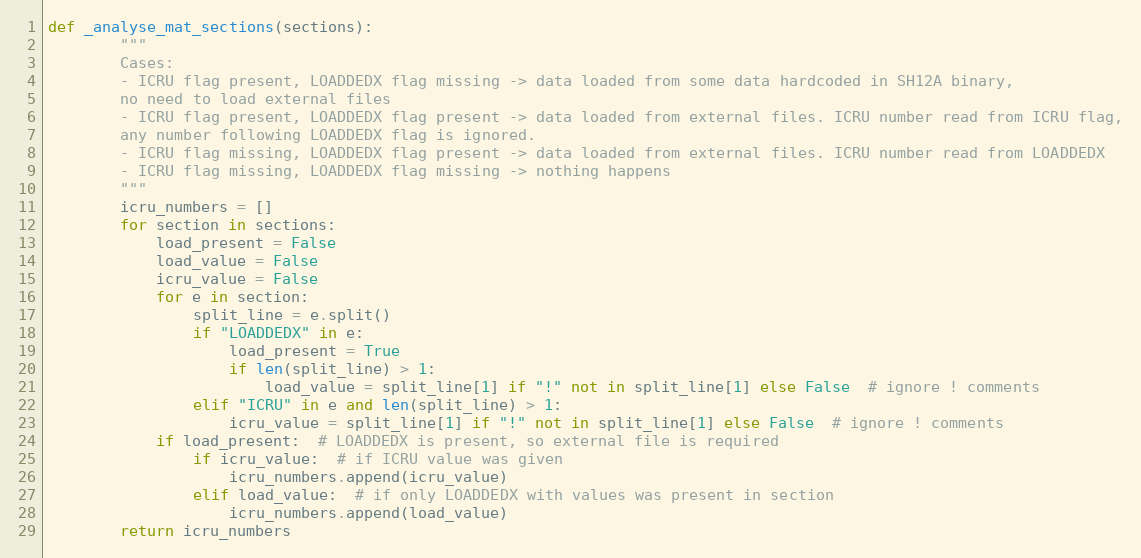
Language: Python
def _analyse_mat_sections(sections):
        """
        Cases:
        - ICRU flag present, LOADDEDX flag missing -> data loaded from some data hardcoded in SH12A binary,
        no need to load external files
        - ICRU flag present, LOADDEDX flag present -> data loaded from external files. ICRU number read from ICRU flag,
        any number following LOADDEDX flag is ignored.
        - ICRU flag missing, LOADDEDX flag present -> data loaded from external files. ICRU number read from LOADDEDX
        - ICRU flag missing, LOADDEDX flag missing -> nothing happens
        """
        icru_numbers = []
        for section in sections:
            load_present = False
            load_value = False
            icru_value = False
            for e in section:
                split_line = e.split()
                if "LOADDEDX" in e:
                    load_present = True
                    if len(split_line) > 1:
                        load_value = split_line[1] if "!" not in split_line[1] else False  # ignore ! comments
                elif "ICRU" in e and len(split_line) > 1:
                    icru_value = split_line[1] if "!" not in split_line[1] else False  # ignore ! comments
            if load_present:  # LOADDEDX is present, so external file is required
                if icru_value:  # if ICRU value was given
                    icru_numbers.append(icru_value)
                elif load_value:  # if only LOADDEDX with values was present in section
                    icru_numbers.append(load_value)
        return icru_numbers